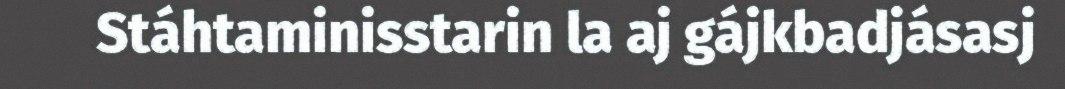
Stáhtaminisstarin la aj gájkbadjásasj